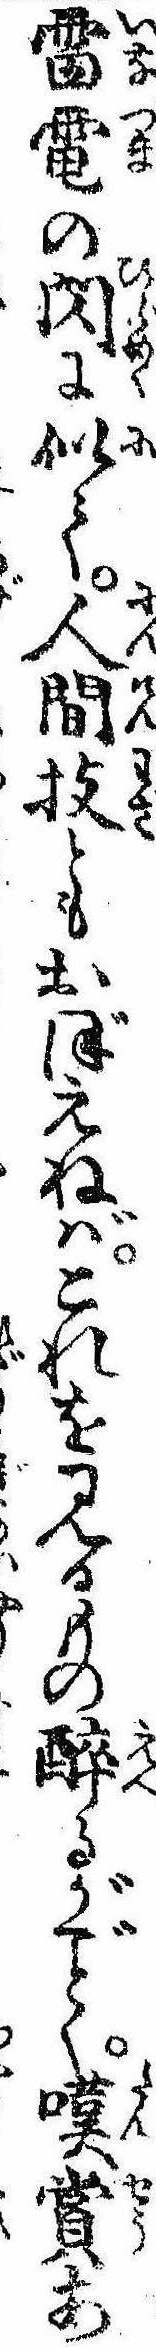
雷電の閃に似て人間技ともおぼえねばこれを見るもの酔るがく嘆賞あ